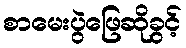
စာမေးပွဲဖြေဆိုခွင့်